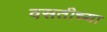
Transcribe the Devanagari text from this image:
वसतीच्या